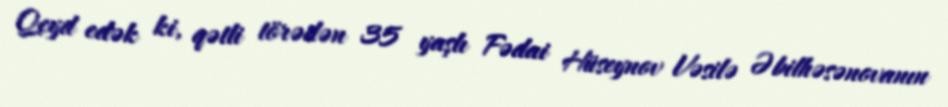
Qeyd edək ki, qətli törədən 35 yaşlı Fədai Hüseynov Vəsilə Əbilhəsənovanın